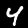
Digit: 4